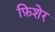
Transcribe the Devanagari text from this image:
फ़िशेर